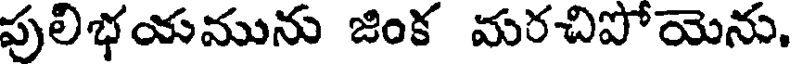
పులిభయమును జింక మరచిపోయెను.